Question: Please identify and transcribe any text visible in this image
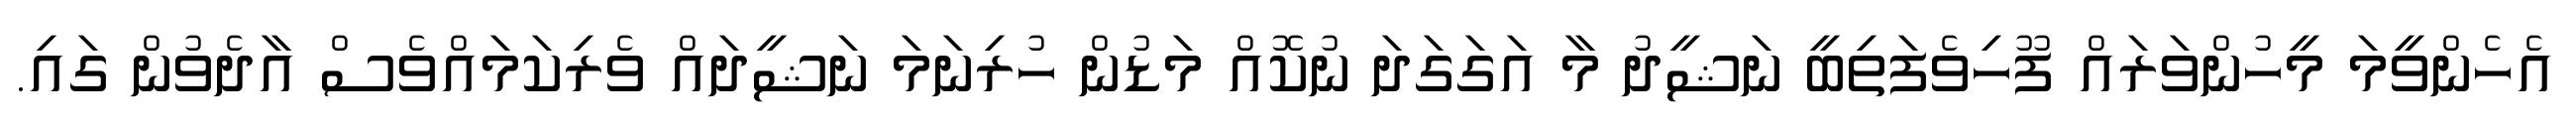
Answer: އެހެންވީމަ މީހުންވަރައް ފޫހިވެފަތިބީ ނަޝީދު މާ އަގަގަދަ ނުކޮއް މަޑުން ހުރިނަމަ ނަޝީދައް ވެރިކަމައްވެސް އާދެވުން ގައި.